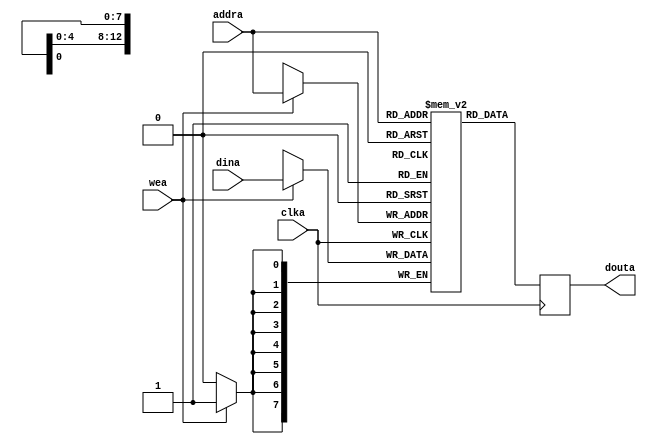
module singleport_ram #(
    parameter integer WORDS = 8192,
    parameter ABITS = 13
)(
    input clka,
    input wea,
    input [ABITS - 1:0] addra,
    input [7:0] dina,
    output reg [7:0] douta
);

    reg [7:0] ram [0:WORDS-1];
    
    always@(posedge clka) begin
        if (wea)
            ram[addra] <= dina;
    end
    
    always@(posedge clka) begin
        douta <= ram[addra];
    end

endmodule